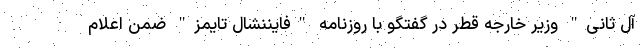
آل ثانی" وزیر خارجه قطر در گفتگو با روزنامه "فایننشال تایمز" ضمن اعلام